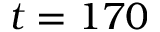
t = 1 7 0